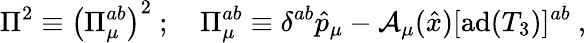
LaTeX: \Pi^{2}\equiv\left(\Pi_{\mu}^{ab}\right)^{2}\ ;\quad\Pi_{\mu}^{ab}\equiv\delta^{ab}\hat{p}_{\mu}-{\cal A}_{\mu}(\hat{x})[\mathrm{ad}(T_{3})]^{ab}\ ,